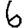
Digit: 6